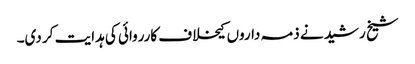
شیخ رشید نے ذمہ داروں کیخلاف کارروائی کی ہدایت کر دی۔